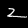
Label: 2